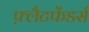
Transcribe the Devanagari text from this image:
फ़्लैटफेंडर्स